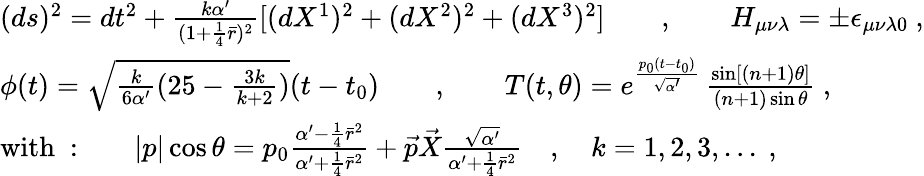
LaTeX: \begin{array}{l}{{(ds)^{2}=dt^{2}+\frac{k\alpha^{\prime}}{(1+\frac{1}{4}\bar{r})^{2}}[(dX^{1})^{2}+(dX^{2})^{2}+(dX^{3})^{2}]\qquad,\qquad H_{\mu\nu\lambda}=\pm\epsilon_{\mu\nu\lambda 0}~,}}\\ {{\phi(t)=\sqrt{\frac{k}{6\alpha^{\prime}}(25-\frac{3k}{k+2})}(t-t_{0})\qquad,\qquad T(t,\theta)=e^{\frac{p_{0}(t-t_{0})}{\sqrt{\alpha^{\prime}}}}\, \frac{\sin[(n+1)\theta]}{(n+1)\sin\theta}~,}}\\ {{\mathrm{with~:}\qquad|p|\cos\theta=p_{0}\frac{\alpha^{\prime}-\frac{1}{4}\bar{r}^{2}}{\alpha^{\prime}+\frac{1}{4}\bar{r}^{2}}+\vec{p}\vec{X}\frac{\sqrt{\alpha^{\prime}}}{\alpha^{\prime}+\frac{1}{4}\bar{r}^{2}}\quad,\quad k=1,2,3,...~,}}\end{array}